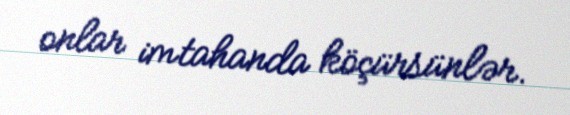
onlar imtahanda köçürsünlər.